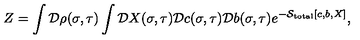
Z = \int { \cal D } \rho ( \sigma , \tau ) \int { \cal D } X ( \sigma , \tau ) { \cal D } c ( \sigma , \tau ) { \cal D } b ( \sigma , \tau ) e ^ { - { \cal S } _ { \mathrm { t o t a l } } [ c , b , X ] } ,